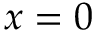
x = 0